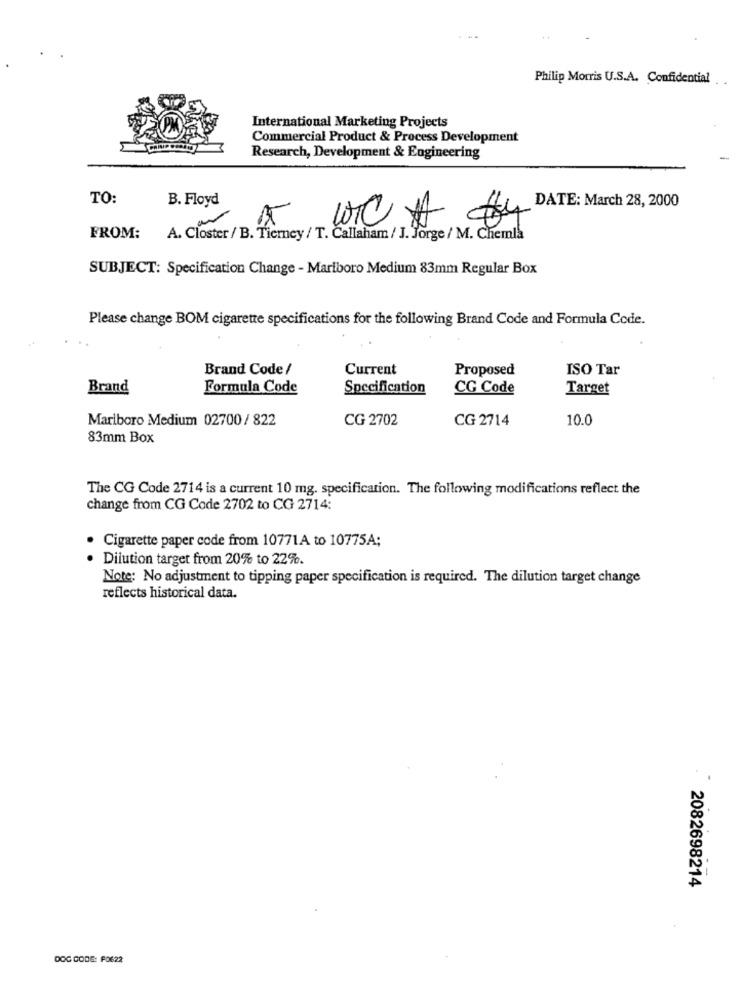
Philip Morris U.S.A. Confidential
International Marketing Projects
Commercial Product & Process Development
Research, Development & Engineering
TO:
B. Floyd
DATE: March 28, 2000
FROM:
A. Closter / B. Tierney / T. Callaham / J. Jorge / M. Chemla
SUBJECT: Specification Change - Mariboro Medium 83mm Regular Box
Please change BOM cigarette specifications for the following Brand Code and Formula Code.
Brand Code /
Current
Proposed
ISO Tar
Brand
Formula Code
Specification
CG Code
Target
Marlboro Medium 02700/ 822
CG 2702
CG 2714
10.0
83mm Box
The CG Code 2714 is a current 10 mg. specification. The following modifications reflect the
change from CG Code 2702 to CG 2714:
. Cigarette paper code from 10771A to 10775A;
Dilution target from 20% to 22%.
Note: No adjustment to tipping paper specification is required. The dilution target change
reflects historical data.
2082698214
DOC CODE: P0622